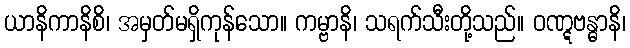
ယာနိကာနိစိ၊ အမှတ်မရှိကုန်သော။ ကမ္ဗာနိ၊ သရက်သီးတို့သည်။ ဝဏ္ဋဗန္ဓာနိ၊